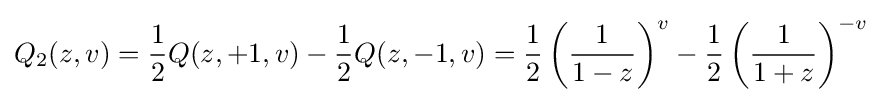
Q_{2}(z,v)={\frac {1}{2}}Q(z,+1,v)-{\frac {1}{2}}Q(z,-1,v)={\frac {1}{2}}\left({\frac {1}{1-z}}\right)^{v}-{\frac {1}{2}}\left({\frac {1}{1+z}}\right)^{-v}